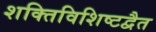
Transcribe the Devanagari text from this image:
शक्तिविशिष्टद्वैत